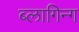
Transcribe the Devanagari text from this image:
ब्लागिन्ग